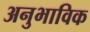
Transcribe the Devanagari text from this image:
अनुभाविक